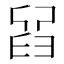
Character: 𦥮